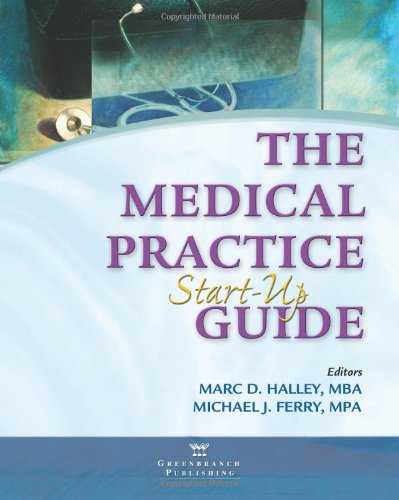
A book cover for The Medical Practice Start-Up Guide; Marc D. Halley; Medical Books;